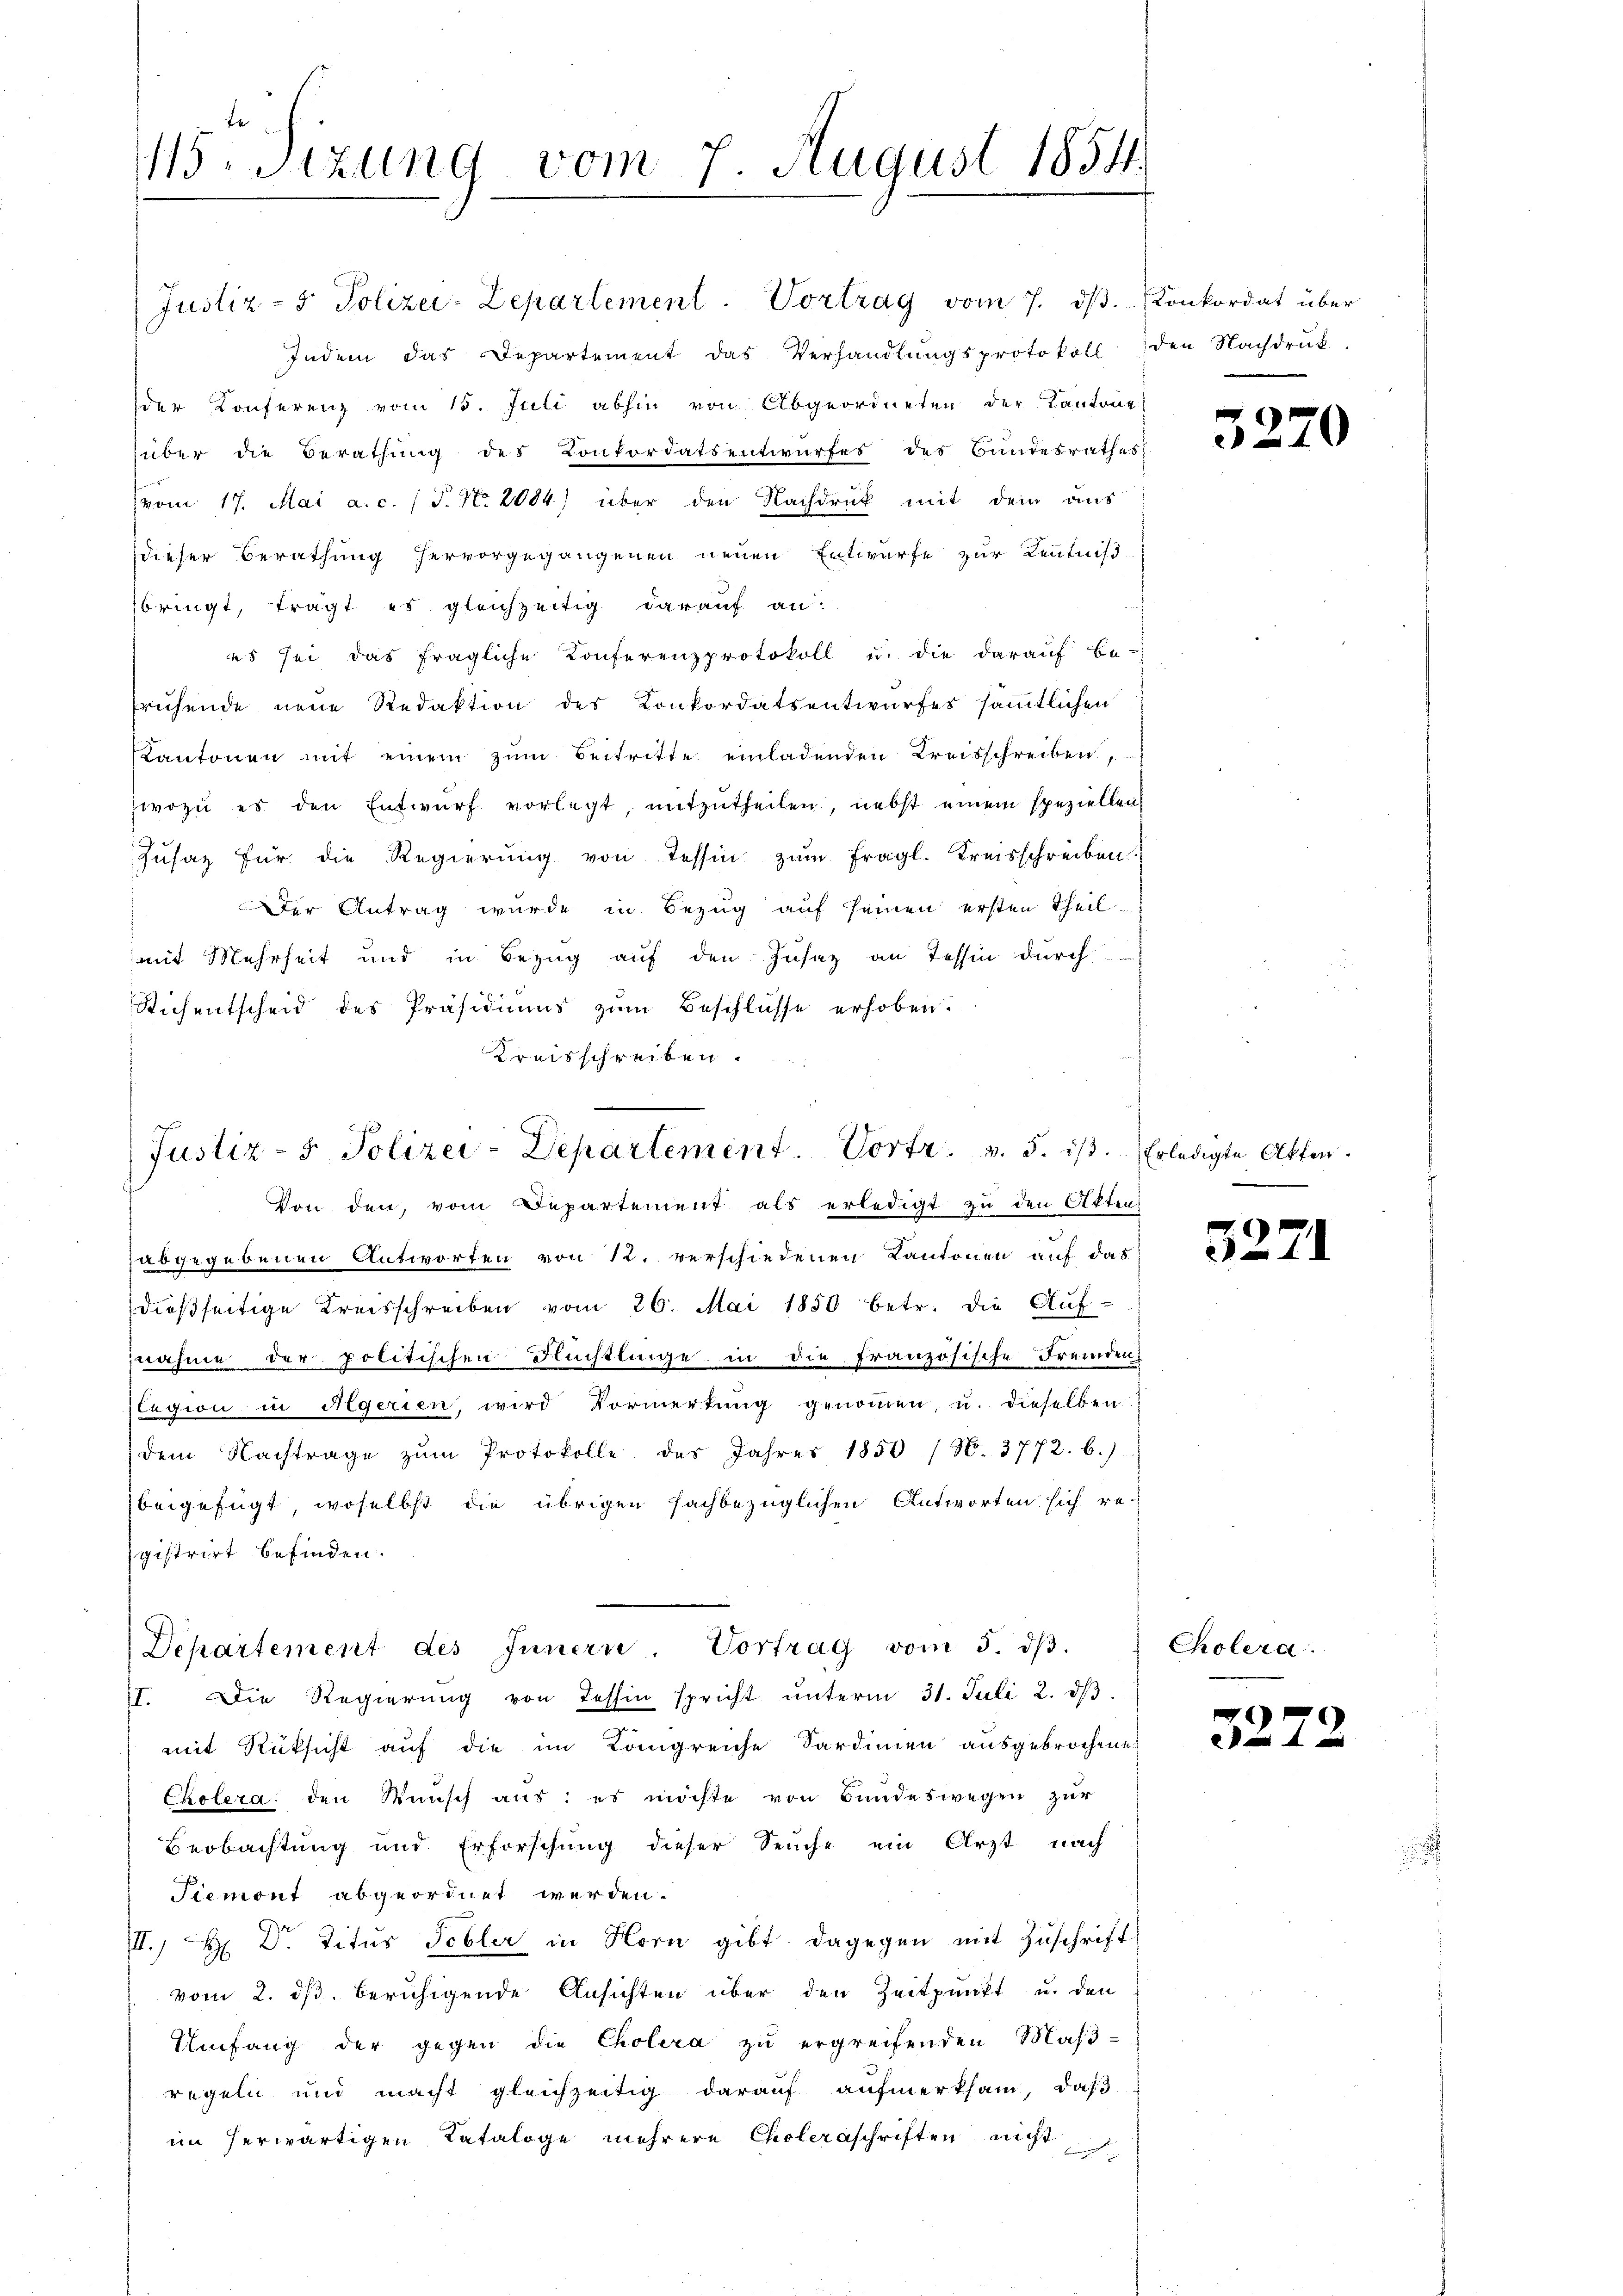
115 Stzung vom 7. August 1854
v

Justiz- & Polizei-Lepartement. Vortrag vom 7. dβ. Konkordat über
Indem das Departement das Verhandlungsprotokoll den Nachdruk-
der Konferenz vom 15. Juli abhin von Abgeordneten der Kantone
über die Berathung des Konkordatsentwurfes des Bundesrathes
vom 17. Mai a.c. (T. No. 2084) über den Nachdruck mit dem aus
dieser Berathung hervorgegangenen neuen Entwurfe zur Kenntniß
bringt, trägt es gleichzeitig darauf an:
es sei das fragliche Konferenzprotokoll u. die darauf be-
sruhende neue Redaktion des Konkordatsentwurfes sämmtlichen
Kantonen mit einem zŭm Beitritte einladenden Kreisschreiben,
wozu es den Entwurf vorlegt, mitzutheilen, nebst einem speziellei
.
gusaz für die Regierŭng von Tessin zŭm fragl. Kreisschreiben
Der Antrag wurde in Bezug auf seinen ersten Theilmit Mehrheit und in Bezug auf den Zusatz an Tessin durch
Sichentscheid des Präsidiums zum Beschlüsse erhoben.
Kreisschreiben.

Justiz- & Polizei-Departement. Vortr. v. 5. ist. Erledigte Akten.

Von den, vom Departement als erledigt zu den Akten
abgegebenen Antworten von 12. verschiedenen Kantonen auf das
dießseitige Kreisschreiben vom 26. Mai 1850 betr. die Aŭf-
znahme der politischen Flüchtlinge in die französische Fremden:
Elegion in Agerien, wird Vormerkŭng genoṁen, u. dieselben
dem Nachtrage zŭm Protokolle des Jahres 1850 (N. 3772. b.)
beigefügt, woselbst die übrigen sachbezüglichen Antworten sich registrirt befinden.
II. Die Regierŭng von Tessin spricht ŭnterm 31. Juli 2. dβ.
mit Rücksicht auf die im Königreiche Sardinien ausgebrochene
Cholera den Wunsch aus: es möchte von Bundeswegen zur
Beobachtung und Erforschung dieser Seuche ein Arzt nach
Piemont abgeordnet werden.
I. H. Dr. Titus Schler in Horn gibt dagegen mit Zŭschrift
vom 2. ds. beruhigende Ansichten über den Zeitpunkt u. den
Umfang der gegen die Cholera zu ergreifenden Mas-
regeln und macht gleichzeitig darauf aufmerksam, daß
im herwärtigen Tataloge mehrere Choleraschriften nicht

Departement des Innern. Vortrag vom 5. dβ. Choler

32.

5270

2
e

3